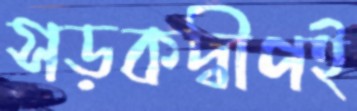
সড়কদ্বীপই